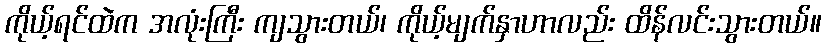
ကိုယ့်ရင်ထဲက အလုံးကြီး ကျသွားတယ်၊ ကိုယ့်မျက်နှာဟာလည်း ထိန်လင်းသွားတယ်။